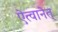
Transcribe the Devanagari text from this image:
ऐत्वानेत्